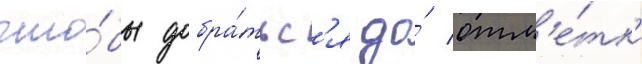
что́бы добра́тьс'я до́ отм'е́тк'и